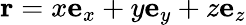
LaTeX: \mathbf{r}=x\mathbf{e}_{x}+y\mathbf{e}_{y}+z\mathbf{e}_{z}